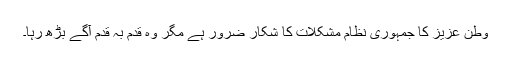
وطن عزیز کا جمہوری نظام مشکلات کا شکار ضرور ہے مگر وہ قدم بہ قدم آگے بڑھ رہا۔